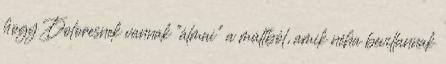
hogy Doloresnek vannak “álmai” a múltból, amik néha bevillannak